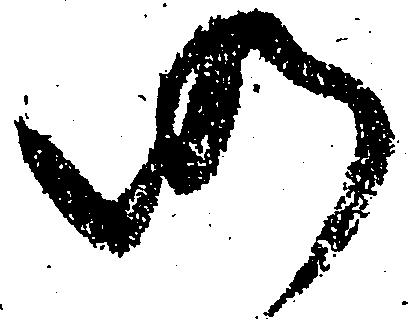
仍